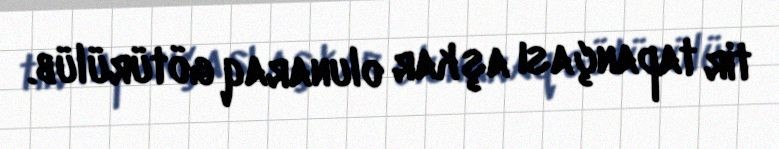
tir tapançası aşkar olunaraq götürülüb.